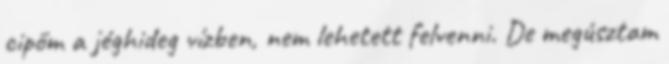
cipőm a jéghideg vízben, nem lehetett felvenni. De megúsztam